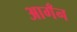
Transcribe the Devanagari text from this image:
आगँन